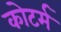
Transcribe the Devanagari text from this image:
कोटर्म